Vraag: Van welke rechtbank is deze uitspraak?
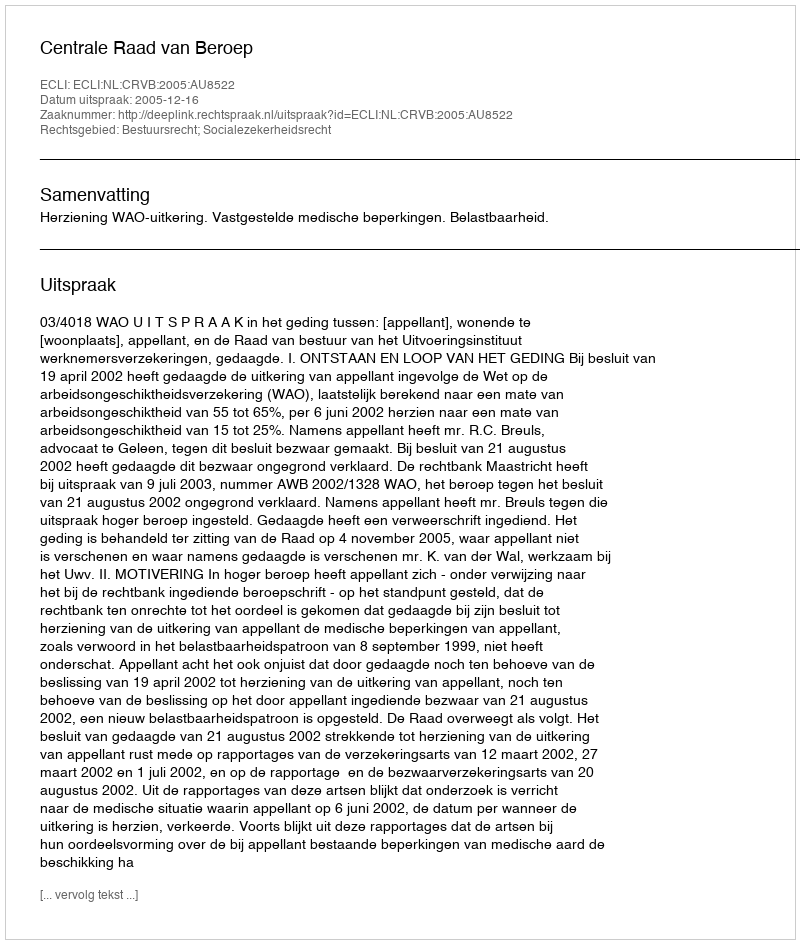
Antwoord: Centrale Raad van Beroep